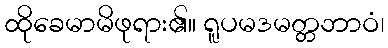
ထိုခေမာမိဖုရား၏။ ရူပမဒမတ္တဘာဝံ၊